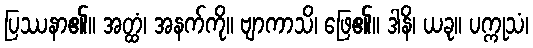
ပြဿနာ၏။ အတ္ထံ၊ အနက်ကို။ ဗျာကာသိ၊ ဖြေ၏။ ဒါနိ၊ ယခု။ ပက္ကုသံ၊